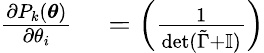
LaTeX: \begin{array}{rl}{\frac{\partial P_{k}(\boldsymbol{\theta})}{\partial\theta_{i}}}&{{}=\left(\frac{1}{\operatorname*{det}(\tilde{\Gamma}+\mathbb{I})}\right)}\end{array}